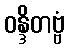
ဝန္ဒိတဗ္ဗံ